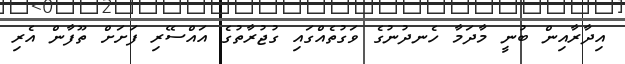
އިދާރާއިން ބުނީ މާދަމާ ހެނދުނުގެ ވަގުތެއްގައި ގުޖުރާތުގެ އައްސޭރި ފަށަށް ތޫފާން އެރި